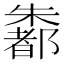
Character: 𪴄